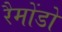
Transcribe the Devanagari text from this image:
रैमोंडो